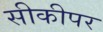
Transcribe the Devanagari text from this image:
सीकीपर